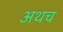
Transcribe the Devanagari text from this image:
अथच